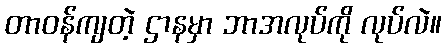
တာဝန်ကျတဲ့ ဌာနမှာ ဘာအလုပ်ကို လုပ်လဲ။